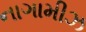
નાગામીઝ